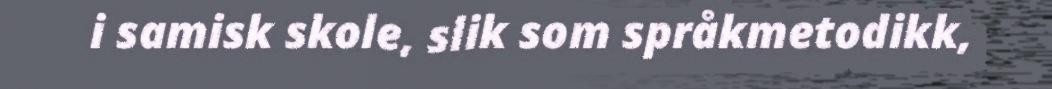
i samisk skole, slik som språkmetodikk,